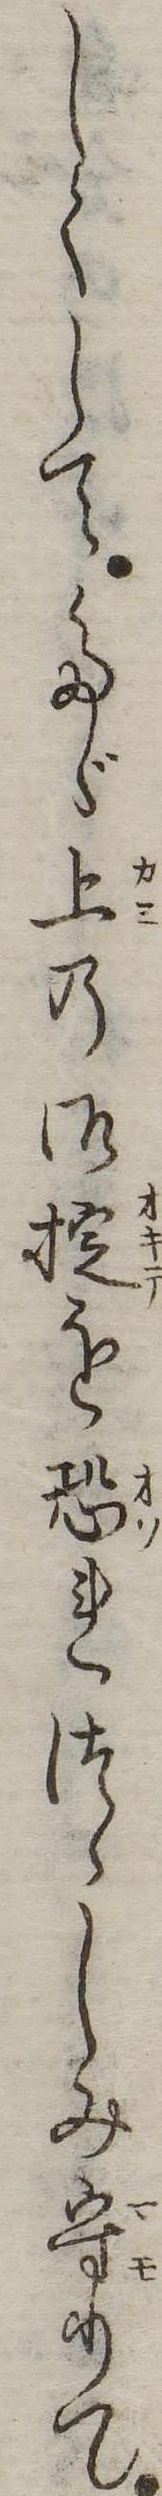
しくしてたゞ上の御掟を恐れつゝしみ守りて